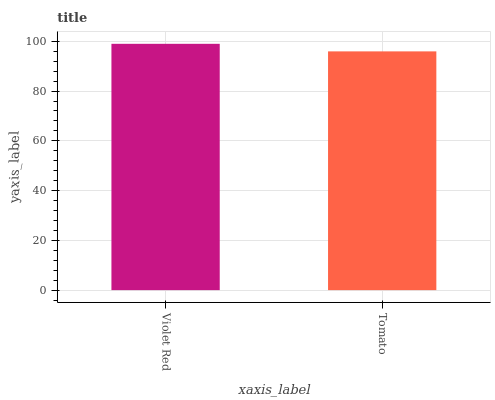
| xaxis_label | bars |
 | --- | --- |
 | Violet Red | 99 |
 | Tomato | 96 |